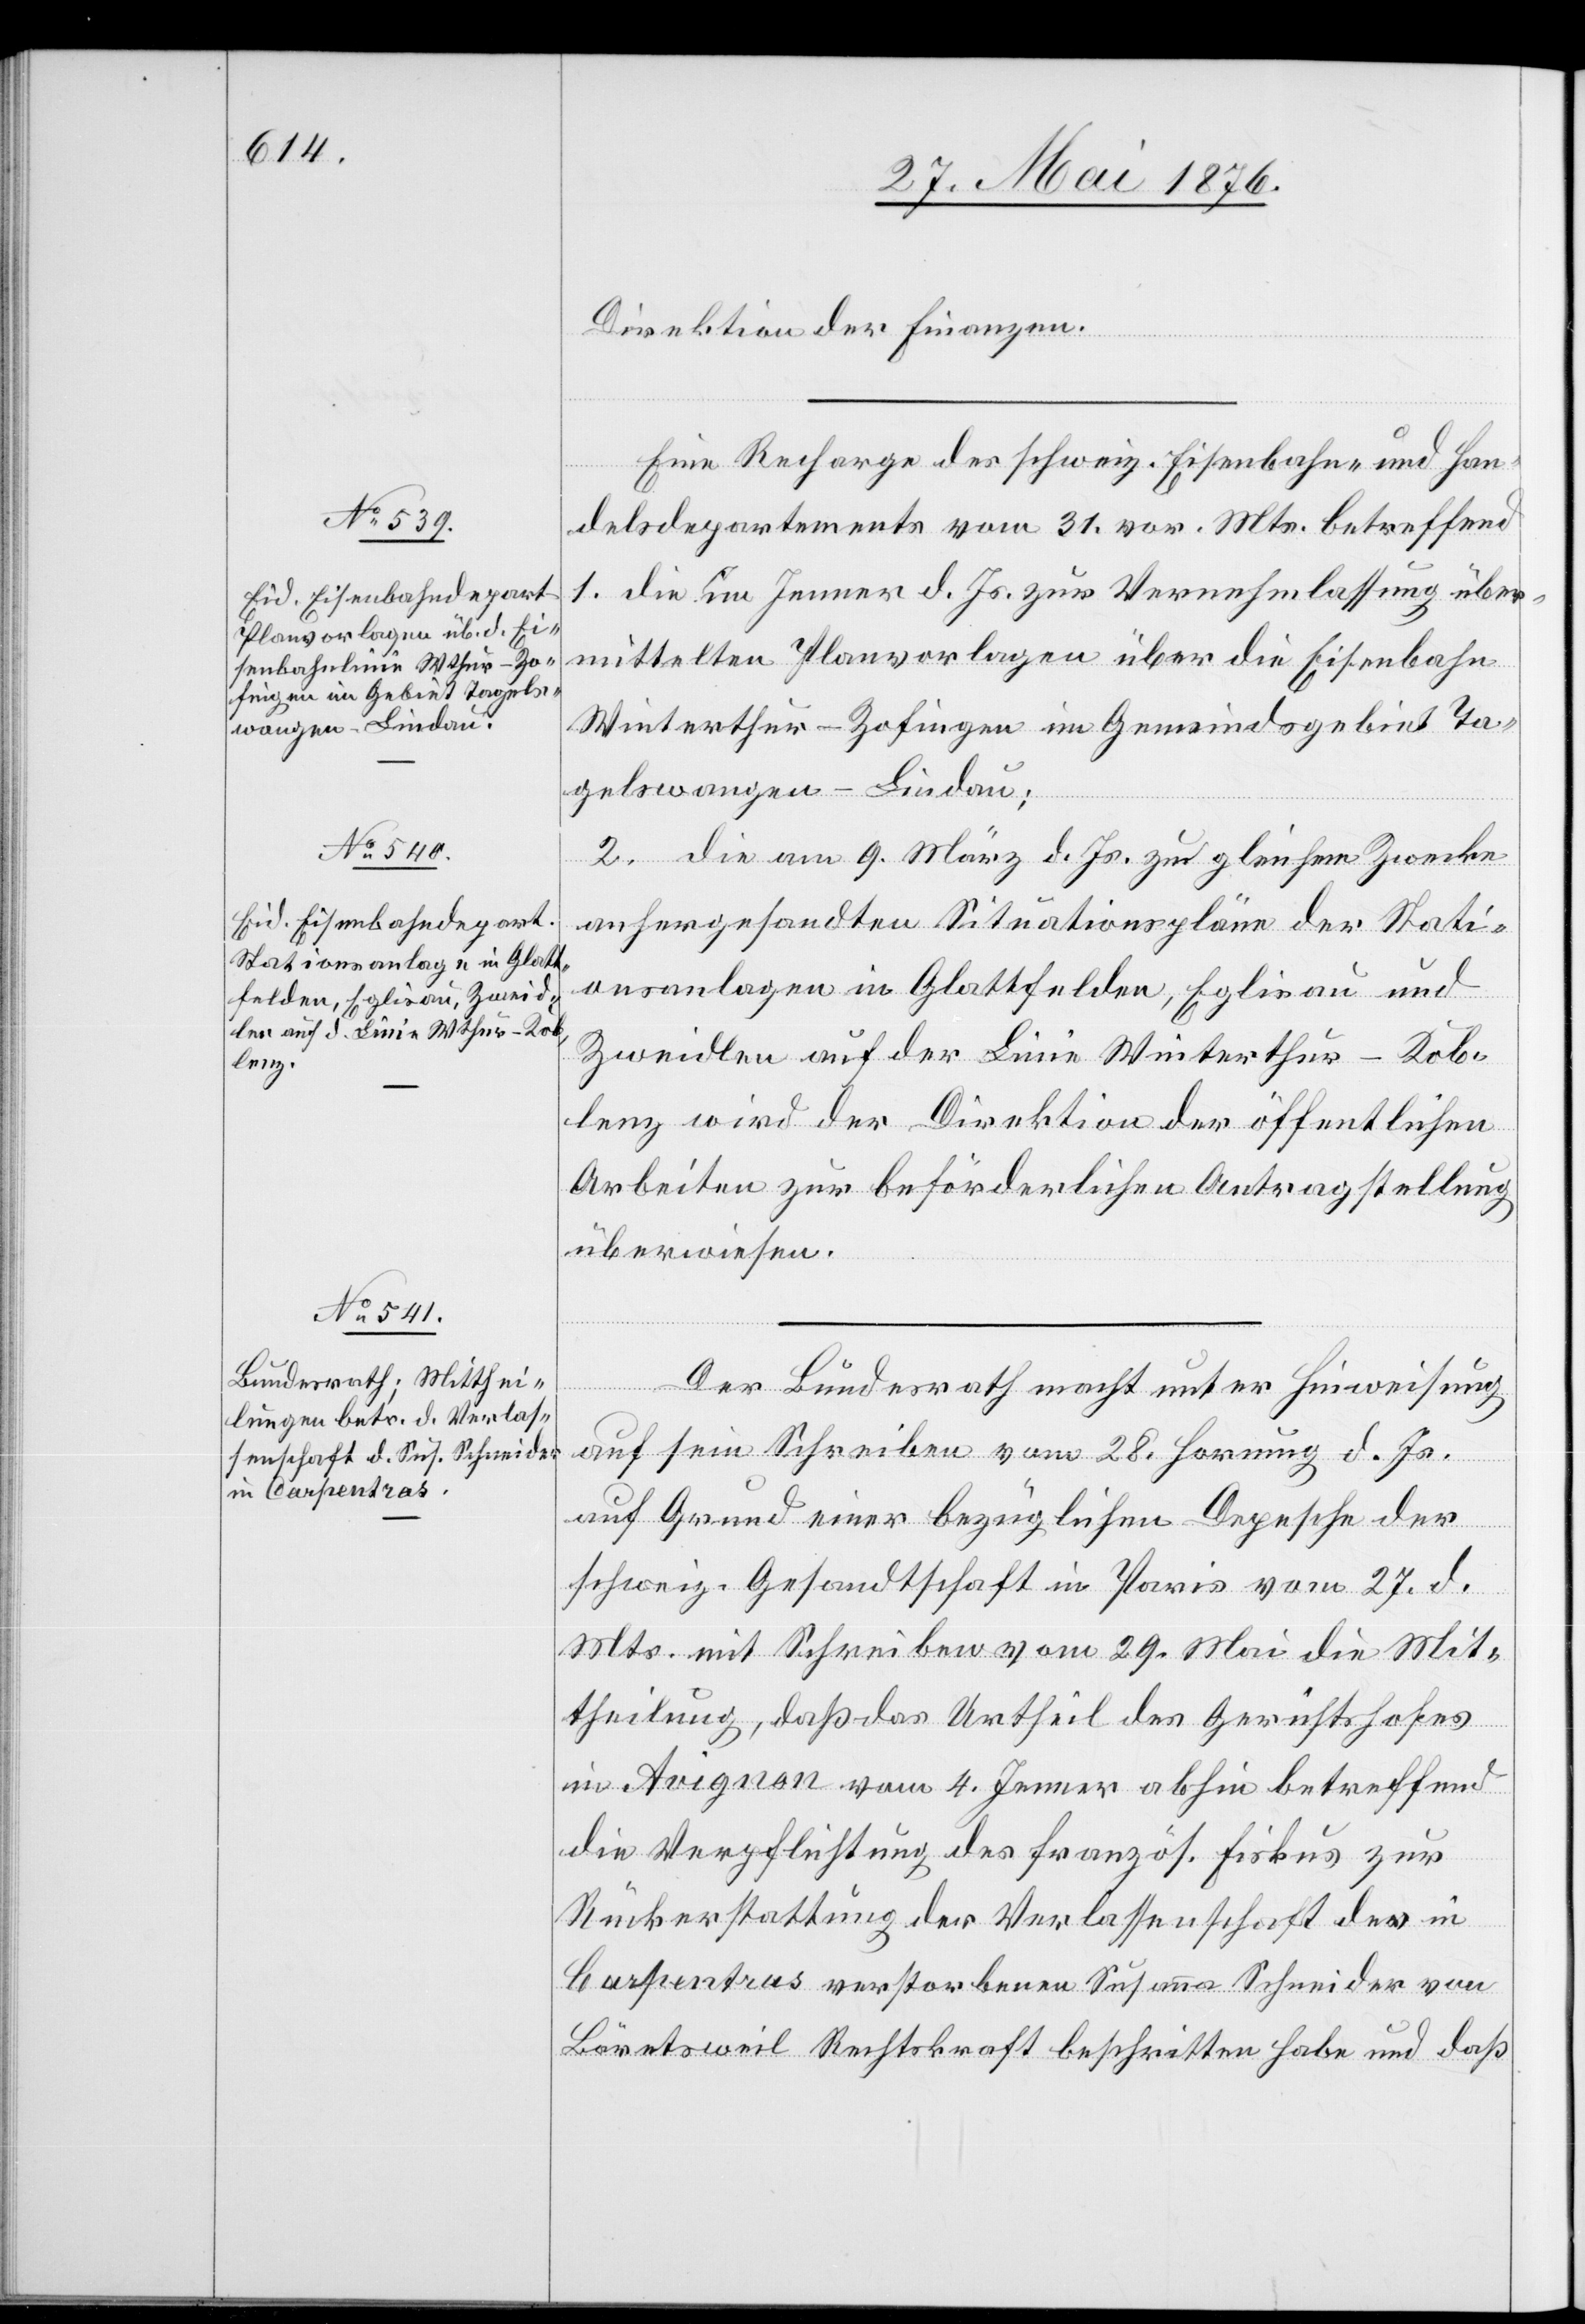
Direktion der Finanzen.
Eine Recharge des schweiz. Eisenbahn- und Han¬
delsdepartement vom 31. vor. Mts. betreffend
1. die im Jenner d. Js. zur Vernehmlassung über¬
mittelten Planvorlagen über die Eisenbahn
Winterthur–Zofingen im Gemeindsgebiet Ta¬
gelswangen–Lindau;
Juni
2. die am 9. März d. Js. zu gleichem Zwecke
anhergesandten Situationspläne der Stati¬
onsanlagen in Glattfelden, Eglisau und
Zweidlen auf der Linie Winterthur–Kob¬
lenz wird der Direktion der öffentlichen
Arbeiten zur beförderlichen Antragstellung
überwiesen.
Der Bundesrath macht unter Hinweisung
auf sein Schreiben vom 28. Hornung d. Js.
auf Grund einer bezüglichen Depesche der
schweiz. Gesandtschaft in Paris vom 27. d.
Mts. mit Schreiben vom 29. Mai die Mit¬
theilung, daß das Urtheil des Gerichtshofes
in Avignon vom 4. Jenner abhin betreffend
die Verpflichtung des französ. Fiskus zur
Rückerstattung der Verlassenschaft der in
Carpentras verstorbenen Susanna Schneider von
Bäretsweil Rechtkraft beschritten habe und daß